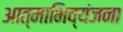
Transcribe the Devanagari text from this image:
आत्‍माभिव्‍यंजना